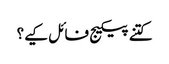
کتنے پیکیج فائل کیے؟